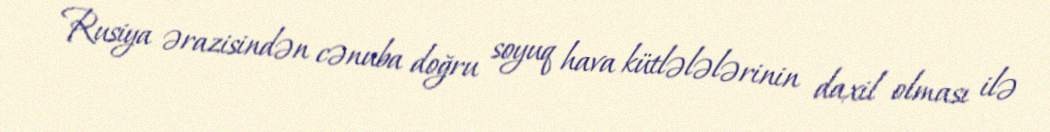
Rusiya ərazisindən cənuba doğru soyuq hava kütlələlərinin daxil olması ilə